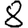
Digit: 8